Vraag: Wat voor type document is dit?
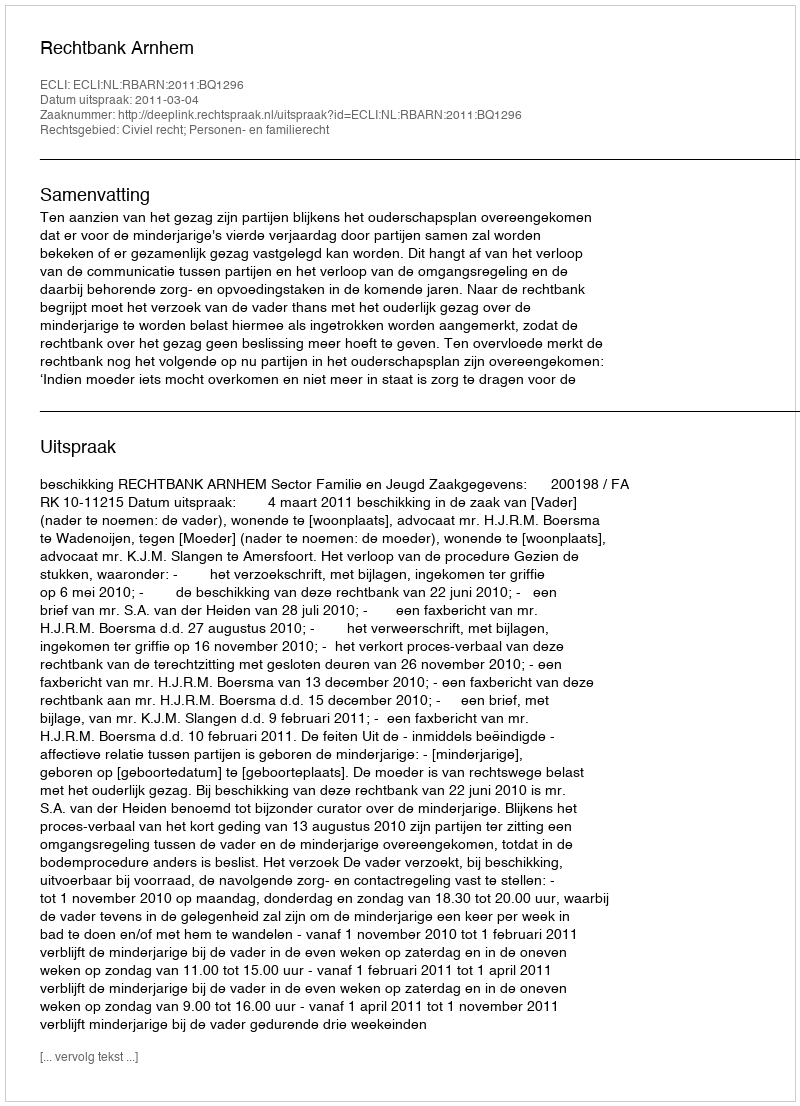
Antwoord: Uitspraak